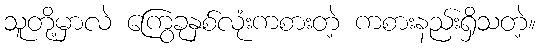
သူတို့မှာလဲ ကြွေခုနှစ်လုံးကစားတဲ့ ကစားနည်းရှိသတဲ့။